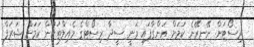
ރިސޯޓަށް ނޭނރޭނެ ކަމަށް އަންގާފައި ވަނީ ސީދާ ރިސޯޓްގެ މެއިލްތަކުން ކަމަށް ޝަރަފް